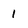
Character: 1